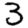
Digit: 3